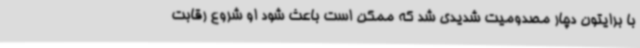
با برایتون دچار مصدومیت شدیدی شد که ممکن است باعث شود او شروع رقابت